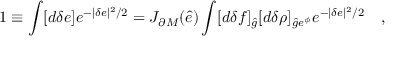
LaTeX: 1 \equiv \int [ d \delta e ] e ^ { - | \delta e | ^ { 2 } / 2 } = J _ { \partial M } ( \hat { e } ) \int [ d \delta f ] _ { \hat { g } } [ d \delta \rho ] _ { { \hat { g } } e ^ { \phi } } e ^ { - | \delta e | ^ { 2 } / 2 } \quad ,